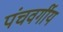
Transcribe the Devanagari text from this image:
पंचवर्गीय